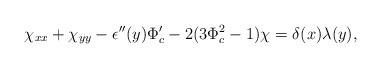
LaTeX: \begin{align*}\chi_{xx}+\chi_{yy}-\epsilon''(y)\Phi_c'-2(3\Phi_c^2-1)\chi=\delta(x)\lambda(y),\end{align*}